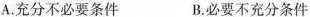
A.充分不必要条件 B.必要不充分条件